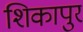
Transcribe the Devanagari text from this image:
शिकापुर